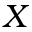
X